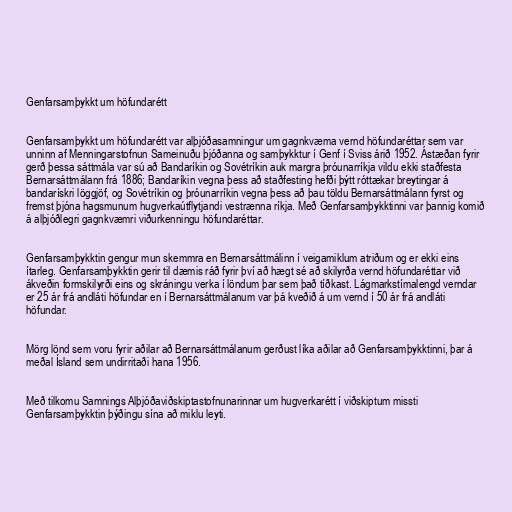
Genfarsamþykkt um höfundarétt

Genfarsamþykkt um höfundarétt var alþjóðasamningur um gagnkvæma vernd höfundaréttar sem var
unninn af Menningarstofnun Sameinuðu þjóðanna og samþykktur í Genf í Sviss árið 1952. Ástæðan fyrir
gerð þessa sáttmála var sú að Bandaríkin og Sovétríkin auk margra þróunarríkja vildu ekki staðfesta
Bernarsáttmálann frá 1886; Bandaríkin vegna þess að staðfesting hefði þýtt róttækar breytingar á
bandarískri löggjöf, og Sovétríkin og þróunarríkin vegna þess að þau töldu Bernarsáttmálann fyrst og
fremst þjóna hagsmunum hugverkaútflytjandi vestrænna ríkja. Með Genfarsamþykktinni var þannig komið
á alþjóðlegri gagnkvæmri viðurkenningu höfundaréttar.

Genfarsamþykktin gengur mun skemmra en Bernarsáttmálinn í veigamiklum atriðum og er ekki eins
ítarleg. Genfarsamþykktin gerir til dæmis ráð fyrir því að hægt sé að skilyrða vernd höfundaréttar við
ákveðin formskilyrði eins og skráningu verka í löndum þar sem það tíðkast. Lágmarkstímalengd verndar
er 25 ár frá andláti höfundar en í Bernarsáttmálanum var þá kveðið á um vernd í 50 ár frá andláti
höfundar.

Mörg lönd sem voru fyrir aðilar að Bernarsáttmálanum gerðust líka aðilar að Genfarsamþykktinni, þar á
meðal Ísland sem undirritaði hana 1956.

Með tilkomu Samnings Alþjóðaviðskiptastofnunarinnar um hugverkarétt í viðskiptum missti
Genfarsamþykktin þýðingu sína að miklu leyti.